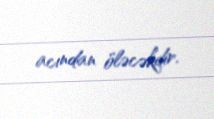
acından öləcəkdir.